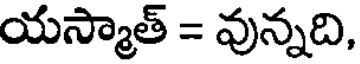
యస్మాత్ = వున్నది,